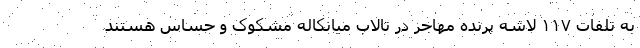
به تلفات ۱۱۷ لاشه پرنده مهاجر در تالاب میانکاله مشکوک و حساس هستند